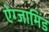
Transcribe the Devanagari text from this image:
ऐग्जामिंड